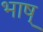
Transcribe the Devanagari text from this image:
भाष्